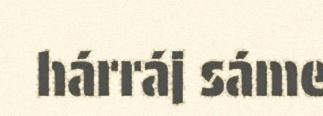
hárráj sáme